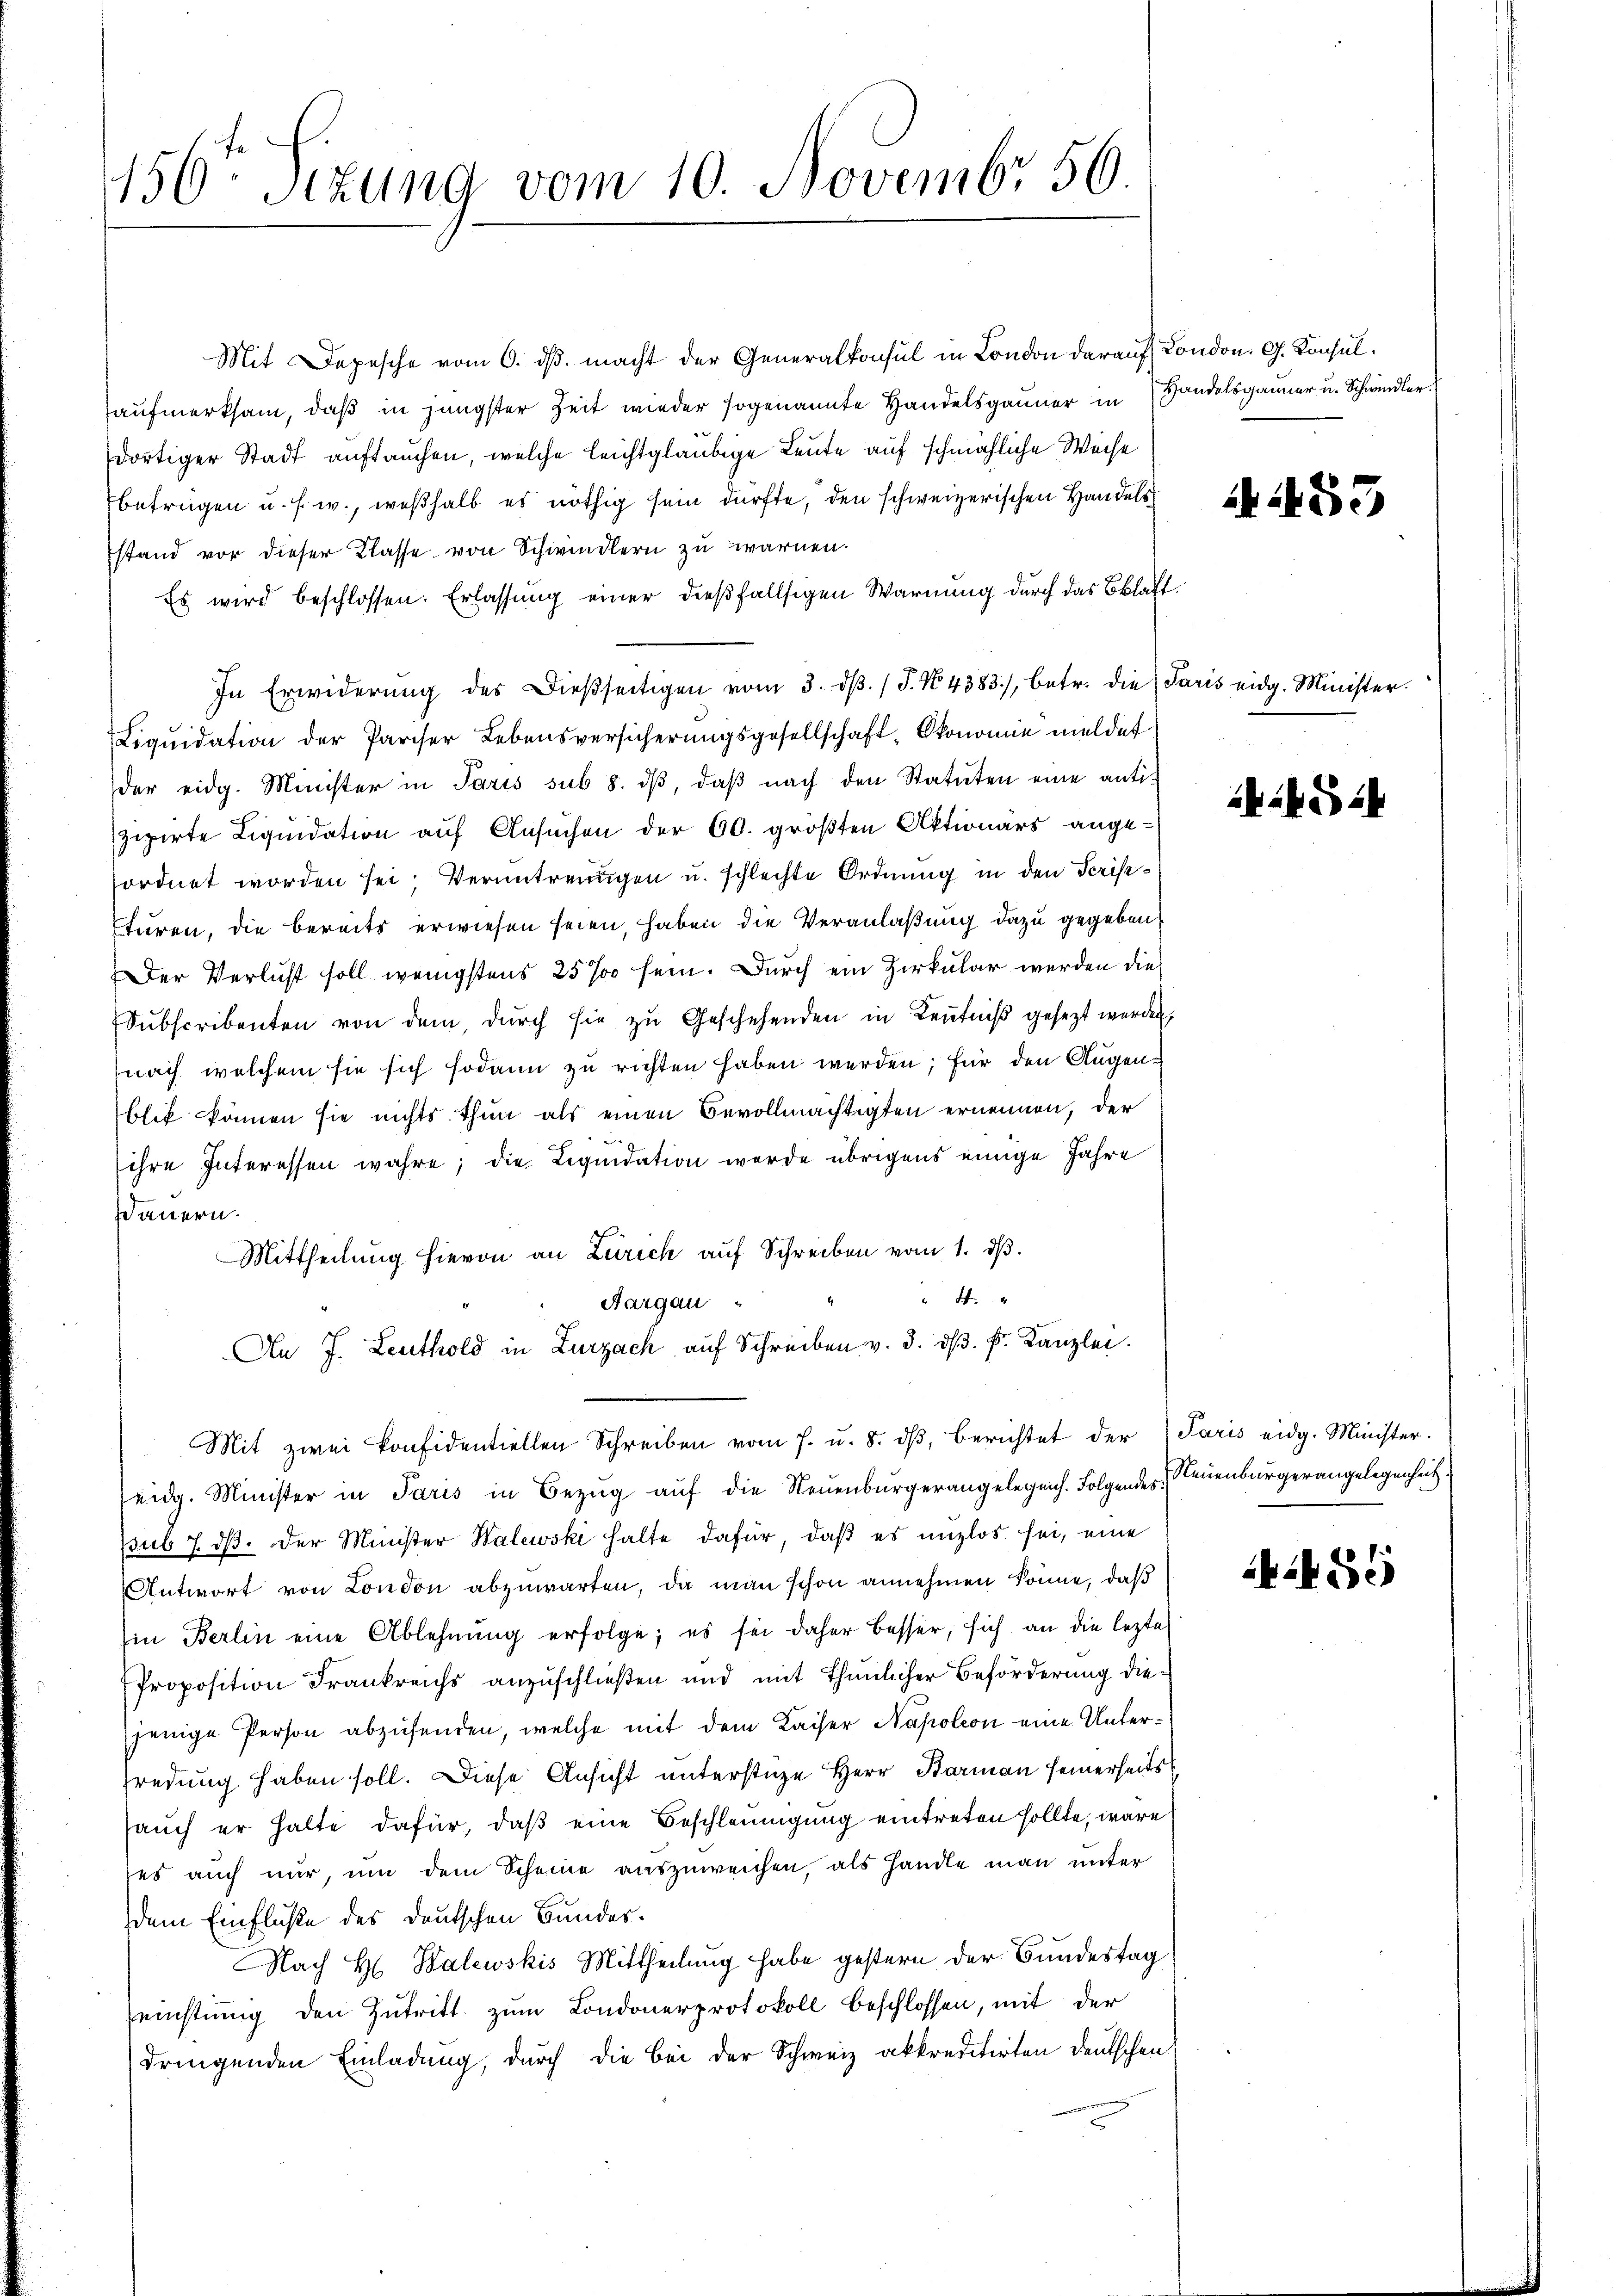
156ten Sizung vom 10. Novembr. 50.

Mit Depesche vom 6. dβ macht der Generalkonsul in London darauf London. G. Konsulaufmerksam, daß in jüngster Zeit wieder sogenannte Handelsgauner in Handelsgänner u. Schwindler
dortiger Stadt auftauchen, welche leichtgläubige Leute auf schmähliche Weise
betrügen u. s. w., weßhalb es nöthig sein dürfte, den schweizerischen Handels
stand vor dieser Klasse von Schwindlern zu warnen.
Es wird beschlossen: Erlassung einer dießfallsigen Warnung durch das Blatt¬
In Erwiderŭng des dießseitigen vom 3. dβ. (T. No. 4383), betr. die Paris eidg. Minister.
Liqŭidation der Pariser Lebensversicherŭngsgesellschaft- Ökonomie meldet
der eidg. Minister in Paris sub 8. dβ, daβ nach den Statuten eine antiziirte Liquidation auf Ansuchen der 60. größten Aktionärs ange-
ordnet worden sei. Veruntreungen u. schlechte Ordnung in den Scrist¬
Eturen, die bereits erwiesen seien, haben die Veranlaßung dazu gegeben
Der Verlust soll wenigstens 25% sein. Durch ein Zirkular werden die
Subscribenten von dem, dŭrch sie zu Geschehenden in Kenntniß gesezt werden,
nach welchem sie sich sodann zu richten haben werden; für den Augenblik können sie nichts thun als einen Bevollmächtigten ernennen, der
ihre Interessen wahre; die Liquidation werde übrigens einige Jahre
Wauern.
Mittheilung hievon an Zürich auf Schreiben vom 1. dβ.
4
Aargau
An J. Leuthold in Zurzach aŭf Schreiben v. 3. dβ. k. Kanzlei.
Mit zwei konfidentiellen Schreiben vom 7. u. 8. dβ, berichtet der Paris eidg. Minister.
seidg. Minister in Paris in Bezŭg aŭf die Neuenburgerangelegens. Folgendes Neuenburgerangelegenheit.
pub 7. ds. der Minister Walewski halte dafür, daß es unzlos sei, eine
Antwort von London abzuwarten, da man schon annehmen könne, daß
in Berlin eine Ablehnung erfolge; es sei daher besser, sich an die lezte
Proposition Frankreichs anzuschließen und mit thunlicher Beförderung diejenige Person abzusenden, welche mit dem Kaiser Napoleon eine Unterredung haben soll. Diese Ansicht unterstüze Herr Barmann seinerseits
auch er halte dafür, daß eine Beschleunigung eintreten sollte, wäre
ses auch nur, um dem Scheine auszuweichen, als handle man unter
dem Einfluße des deutschen Bundes¬
NNach H. Balewskis Mittheilung habe gestern der Bundestag
einstiṁig den Zutritt zum Londonerprotokoll beschlossen, mit der
dringenden Einladung, durch die bei der Schweiz akkreditirten deutschen

55

k

55